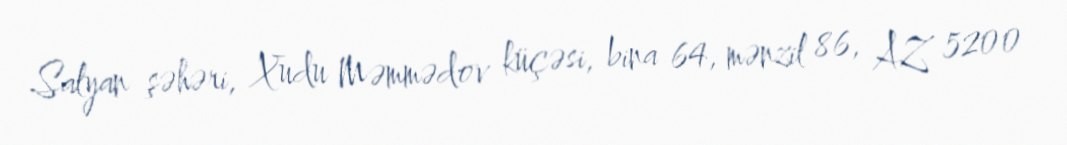
Salyan şəhəri, Xudu Məmmədov küçəsi, bina 64, mənzil 86, AZ 5200